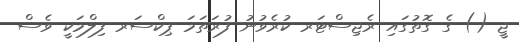
ޖީ () ގެ ގޮތުގައި ރެޖިސްޓަރ ކުރެވުނު ފުރަތަމަ ޕިކްސަރ ފިލްމަކީ ވެސް